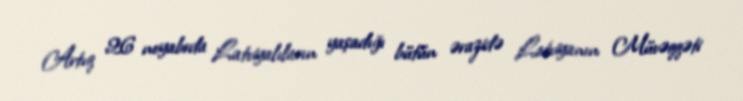
Artıq 26 noyabrda Latviyalıların yaşadığı bütün ərazidə Latviyanın Müvəqqəti